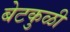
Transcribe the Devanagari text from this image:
बेटकुळी